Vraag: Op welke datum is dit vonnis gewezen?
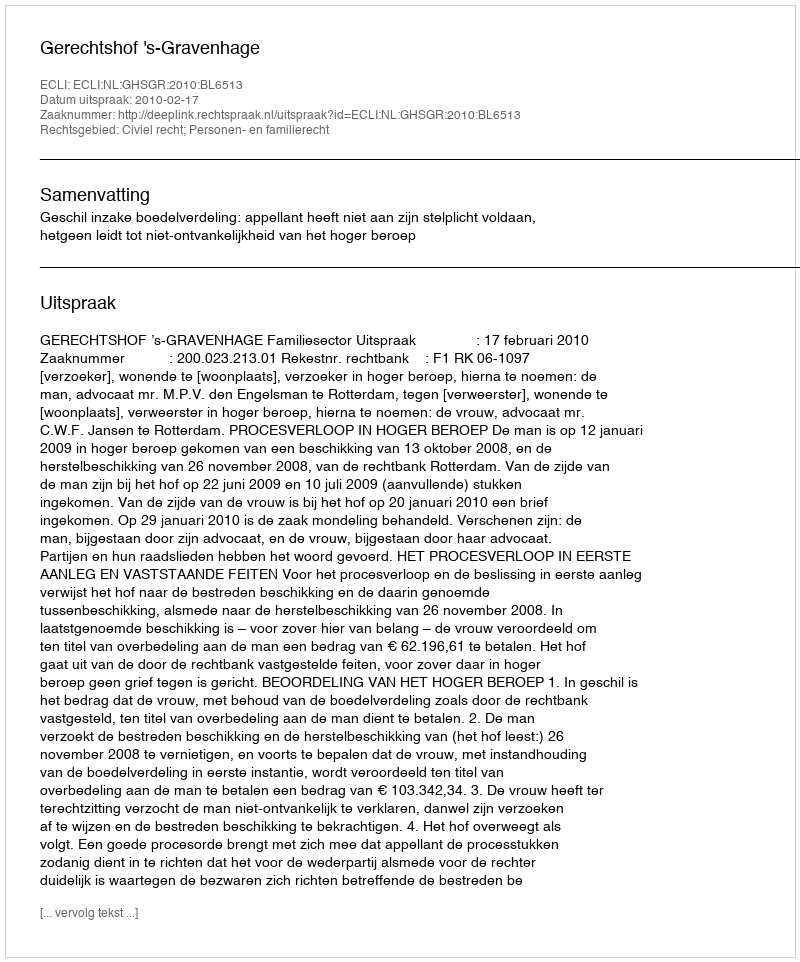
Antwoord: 2010-02-17